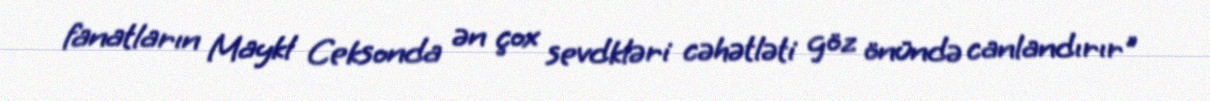
fanatların Maykl Ceksonda ən çox sevdkləri cəhətləti göz önündə canlandırır"